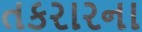
તકરારના